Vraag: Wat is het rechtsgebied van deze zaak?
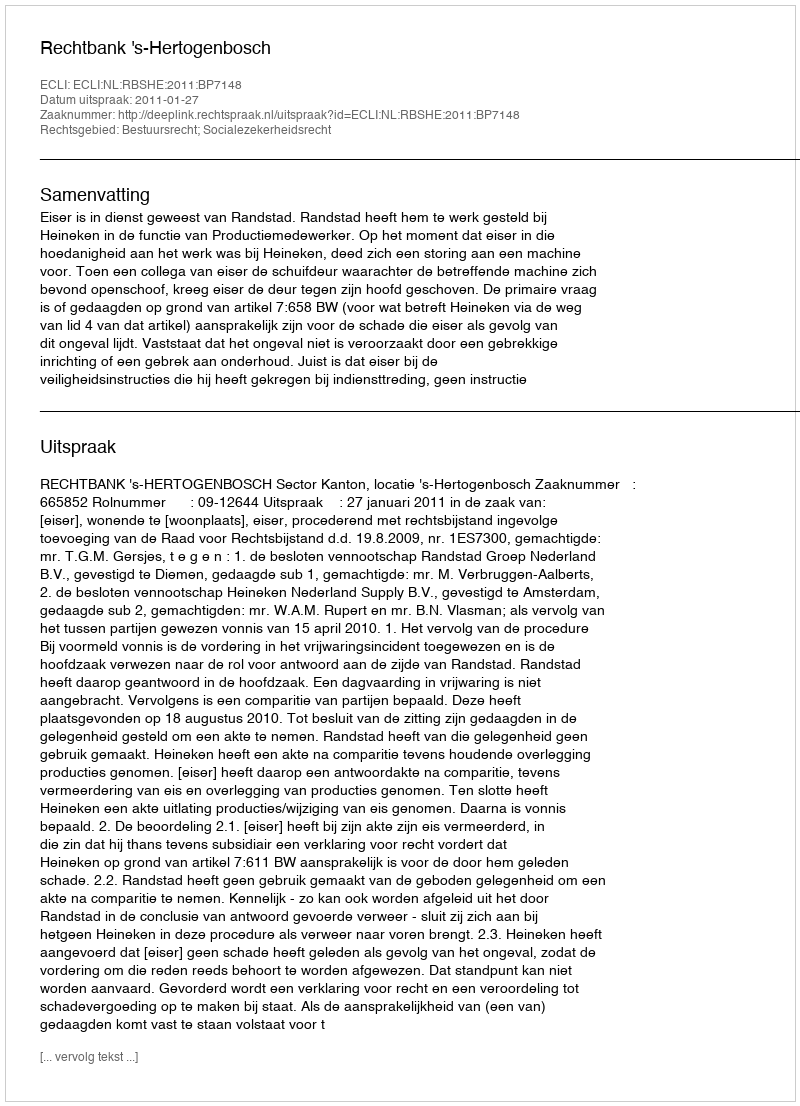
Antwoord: Bestuursrecht; Socialezekerheidsrecht